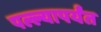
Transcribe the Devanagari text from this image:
पल्ल्यापर्यंत